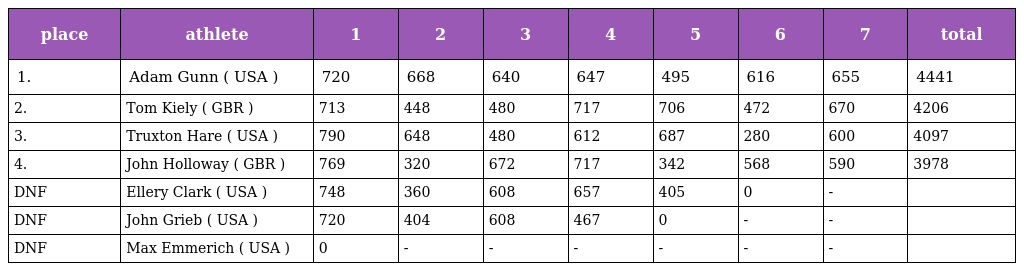
| place | athlete | 1 | 2 | 3 | 4 | 5 | 6 | 7 | total |
 | --- | --- | --- | --- | --- | --- | --- | --- | --- | --- |
 | 1. | Adam Gunn ( USA ) | 720 | 668 | 640 | 647 | 495 | 616 | 655 | 4441 |
 | 2. | Tom Kiely ( GBR ) | 713 | 448 | 480 | 717 | 706 | 472 | 670 | 4206 |
 | 3. | Truxton Hare ( USA ) | 790 | 648 | 480 | 612 | 687 | 280 | 600 | 4097 |
 | 4. | John Holloway ( GBR ) | 769 | 320 | 672 | 717 | 342 | 568 | 590 | 3978 |
 | DNF | Ellery Clark ( USA ) | 748 | 360 | 608 | 657 | 405 | 0 | - |  |
 | DNF | John Grieb ( USA ) | 720 | 404 | 608 | 467 | 0 | - | - |  |
 | DNF | Max Emmerich ( USA ) | 0 | - | - | - | - | - | - |  |